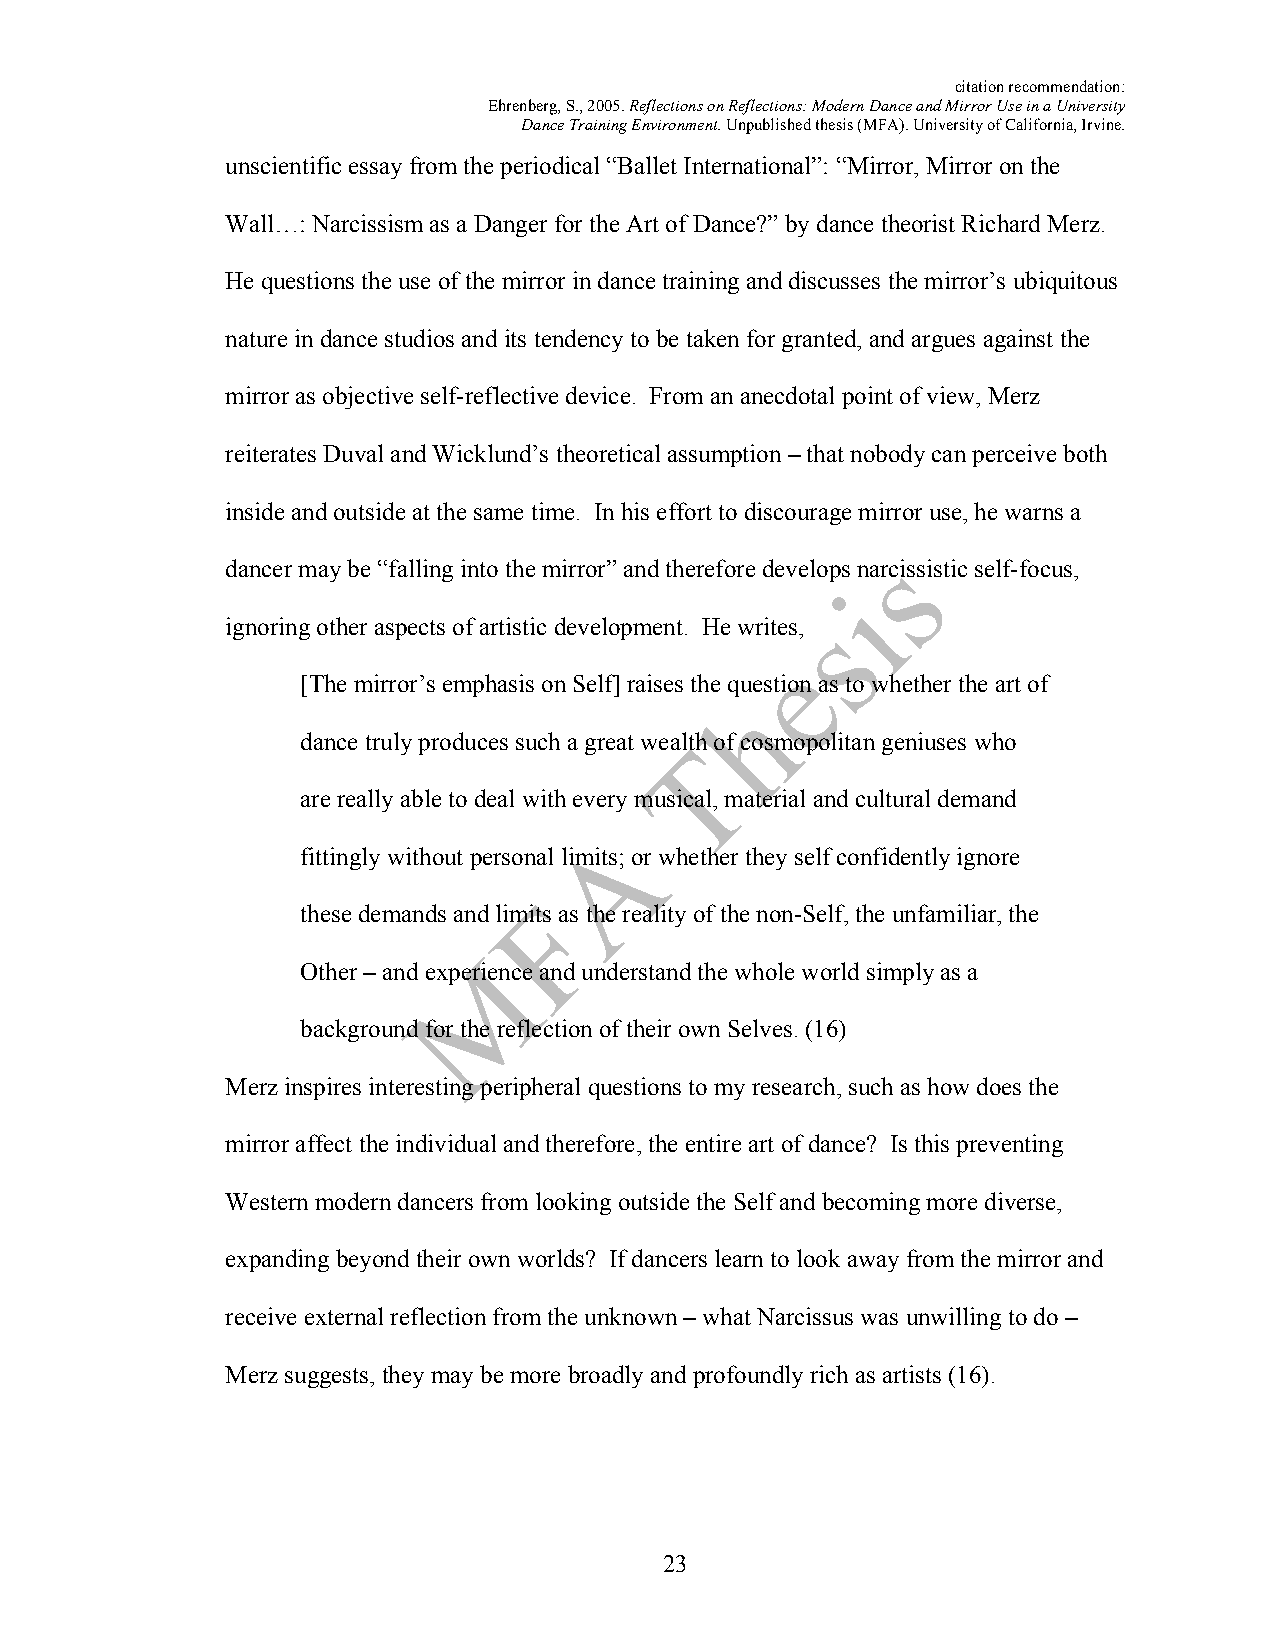
citation recommendation:
 Ehrenberg, S., 2005. Reflections on Reflections: Modern Dance and Mirror Use in a University
 Dance Training Environment. Unpublished thesis (MFA). University of California, Irvine.
 unscientific essay from the periodical “Ballet International”: “Mirror, Mirror on the
 Wall…: Narcissism as a Danger for the Art of Dance?” by dance theorist Richard Merz.
 He questions the use of the mirror in dance training and discusses the mirror’s ubiquitous
 nature in dance studios and its tendency to be taken for granted, and argues against the
 mirror as objective self-reflective device. From an anecdotal point of view, Merz
 reiterates Duval and Wicklund’s theoretical assumption – that nobody can perceive both
 inside and outside at the same time. In his effort to discourage mirror use, he warns a
 dancer may be “falling into the mirror” and therefore develops narcissistic self-focus,
 ignoring other aspects of artistic development. He writes,
 [The mirror’s emphasis on Self] raises the question as to whether the art of
 dance truly produces such a great wealth of cosmopolitan geniuses who
 are really able to deal with every musical, material and cultural demand
 fittingly without personal limits; or whether they self confidently ignore
 these demands and limits as the reality of the non-Self, the unfamiliar, the
 Other – and experience and understand the whole world simply as a
 background for the reflection of their own Selves. (16)
 Merz inspires interesting peripheral questions to my research, such as how does the
 mirror affect the individual and therefore, the entire art of dance? Is this preventing
 Western modern dancers from looking outside the Self and becoming more diverse,
 expanding beyond their own worlds? If dancers learn to look away from the mirror and
 receive external reflection from the unknown – what Narcissus was unwilling to do –
 Merz suggests, they may be more broadly and profoundly rich as artists (16).
 23